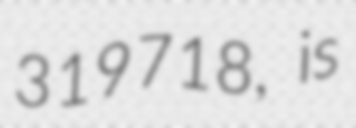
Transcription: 319718, is